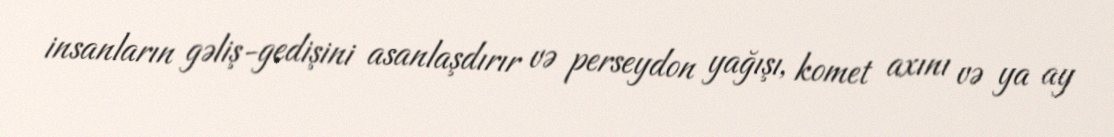
insanların gəliş-gedişini asanlaşdırır və perseydon yağışı, komet axını və ya ay